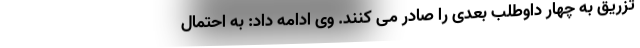
تزریق به چهار داوطلب بعدی را صادر می کنند. وی ادامه داد: به احتمال